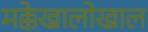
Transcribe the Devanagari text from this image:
मक्केखालोखाल